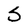
Character: S